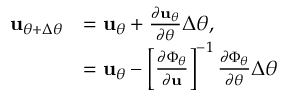
\begin{array} { r l } { \mathbf { u } _ { \theta + \Delta \theta } } & { = \mathbf { u } _ { \theta } + \frac { \partial \mathbf { u } _ { \theta } } { \partial \theta } \Delta \theta , } \\ & { = \mathbf { u } _ { \theta } - \left[ \frac { \partial \Phi _ { \theta } } { \partial \mathbf { u } } \right] ^ { - 1 } \frac { \partial \Phi _ { \theta } } { \partial \theta } \Delta \theta } \end{array}